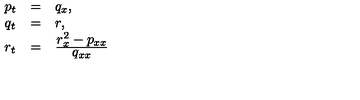
\begin{array} { l l l } { p _ { t } } & { = } & { q _ { x } , } \\ { q _ { t } } & { = } & { r , } \\ { r _ { t } } & { = } & { \frac { \textstyle { r _ { x } ^ { 2 } - p _ { x x } } } { \textstyle { q _ { x x } } } } \\ \end{array}